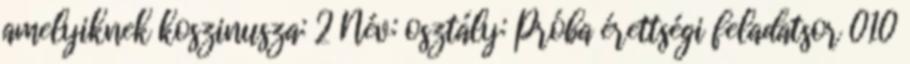
amelyiknek koszinusza: 2 Név: osztály: Próba érettségi feladatsor 010